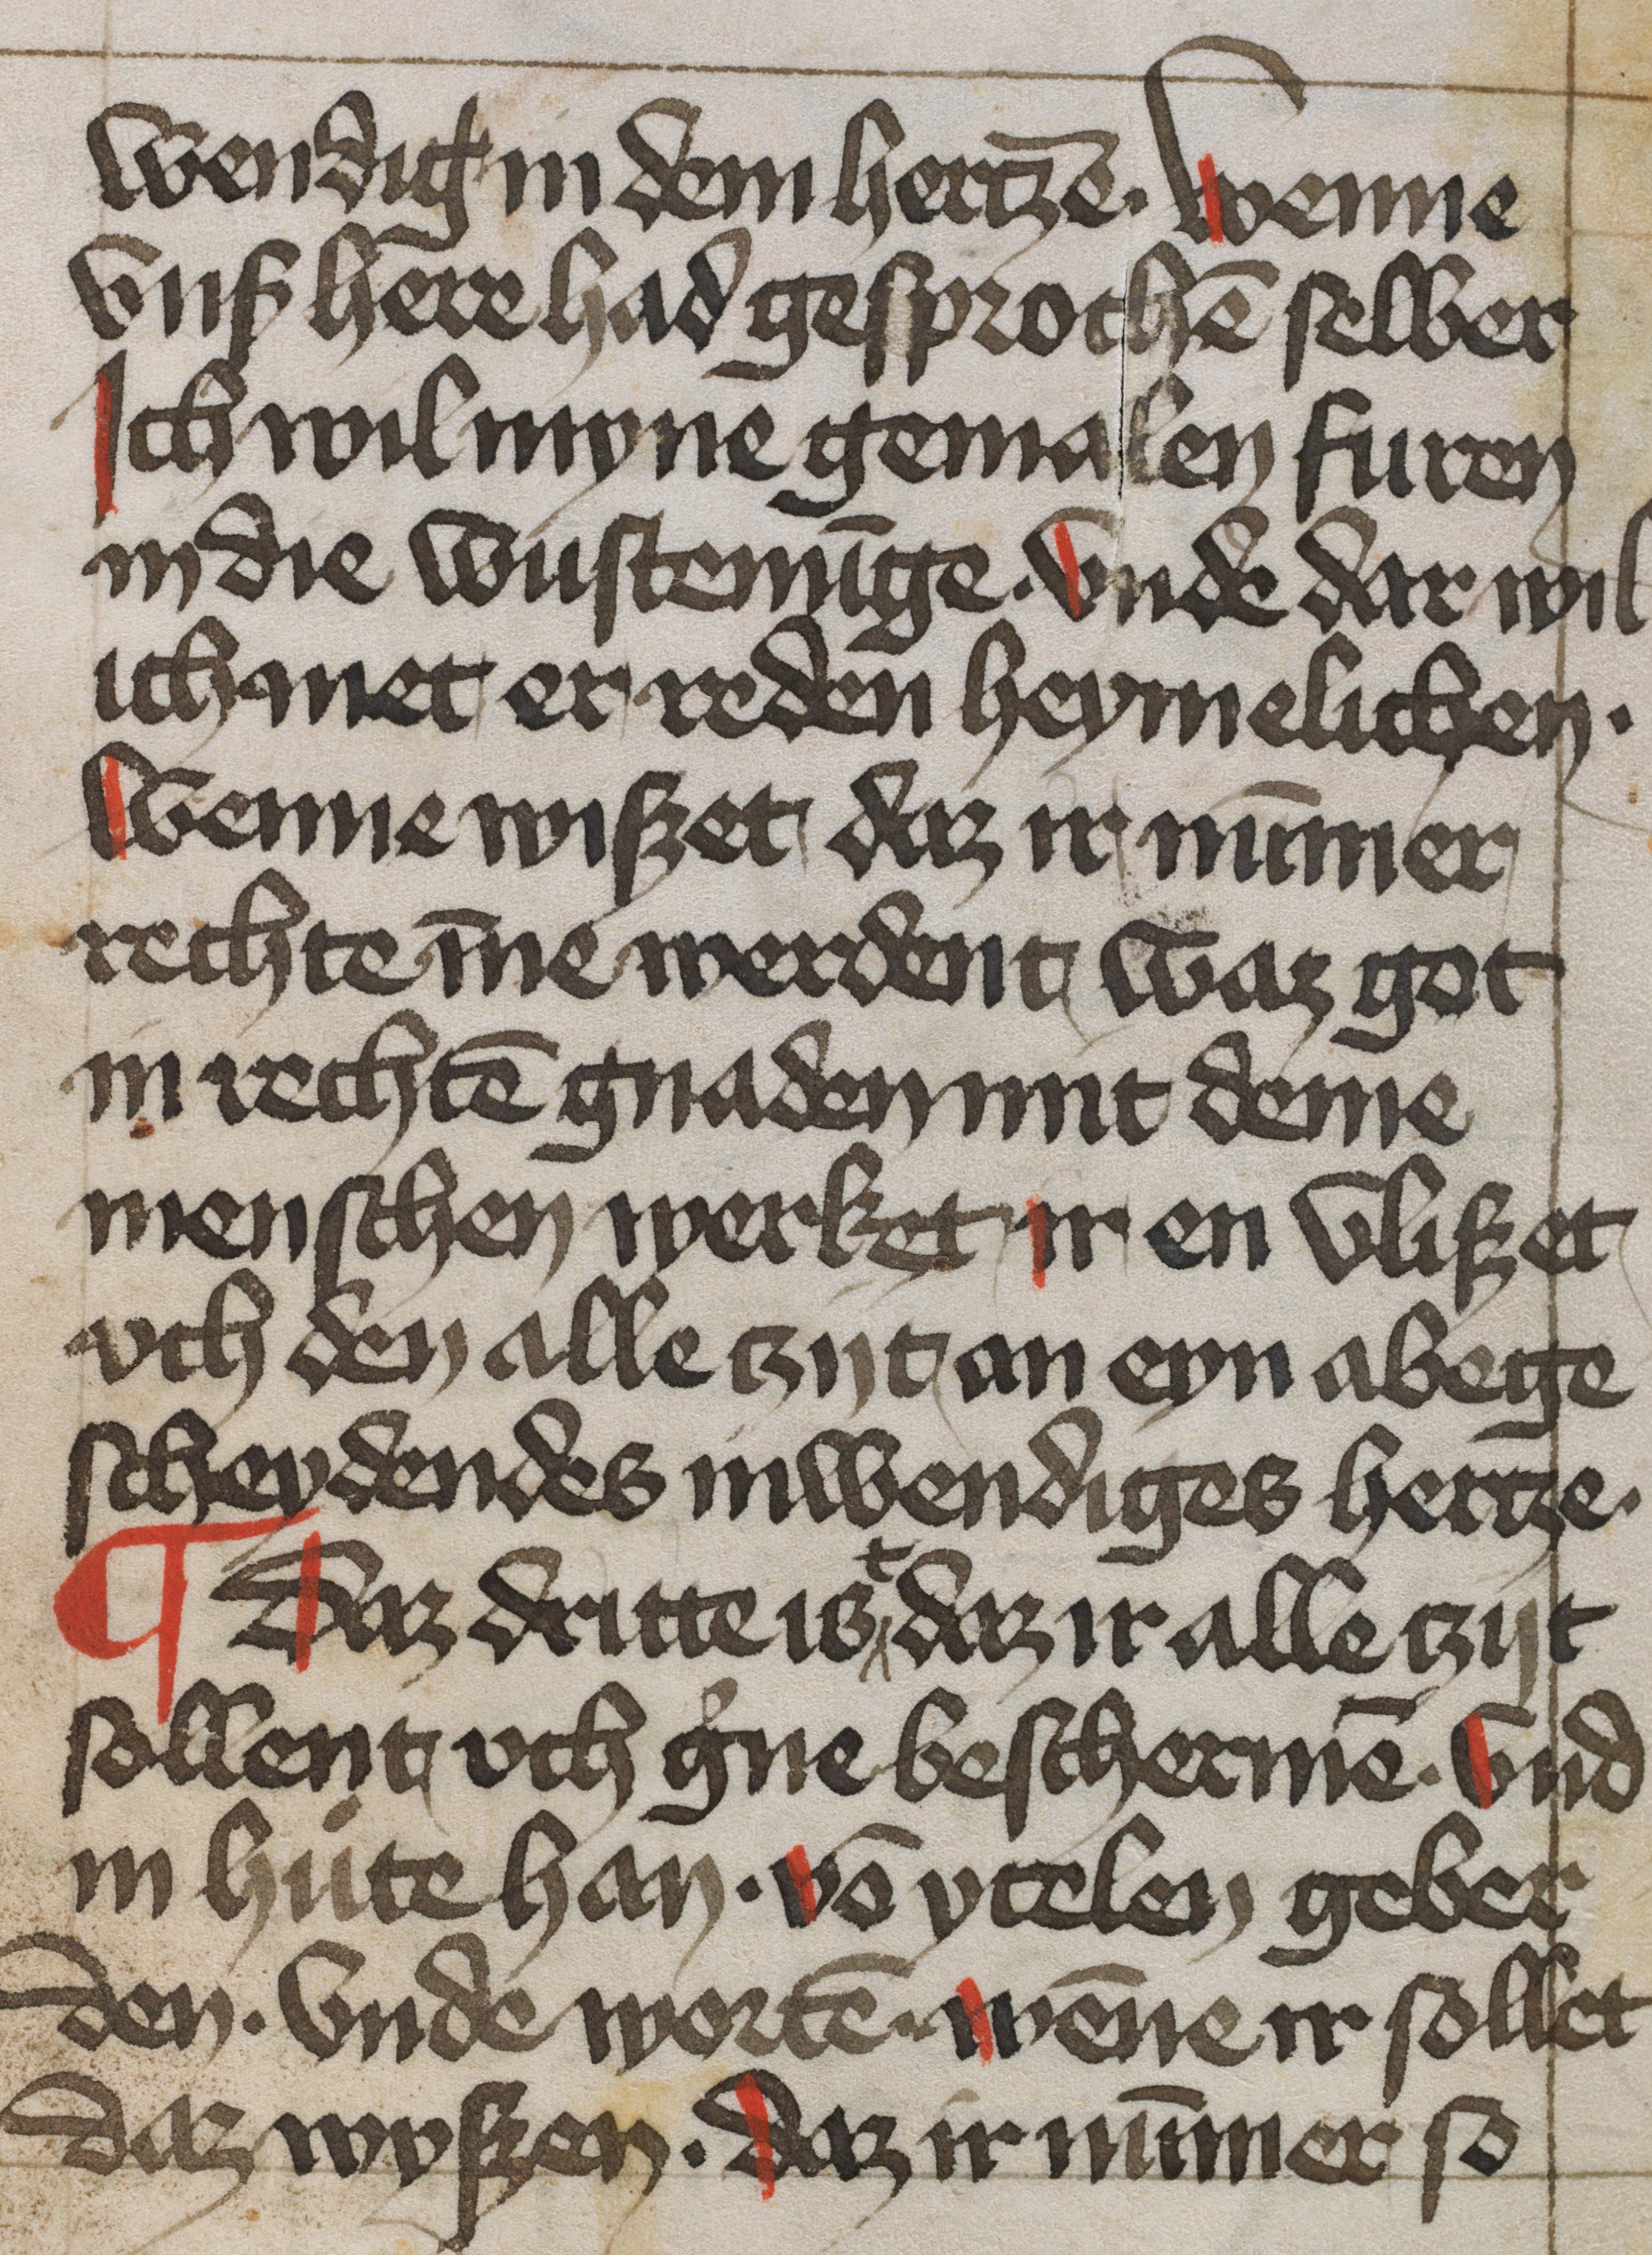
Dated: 1450–1499